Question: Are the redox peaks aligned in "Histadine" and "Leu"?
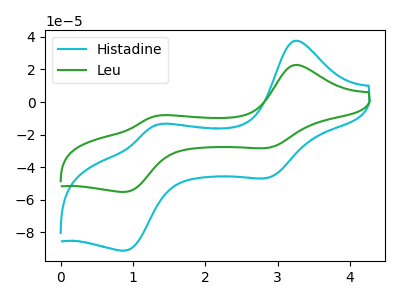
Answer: <think>The cyan curve "Histadine" has anodic peaks at (3.25V, 37.45uA) (1.30V, -14.25uA) and cathodic peaks at (2.85V, -46.60uA) (0.90V, -91.10uA). The green curve "Leu" has anodic peaks at (3.25V, 22.65uA) (1.30V, -8.60uA) and cathodic peaks at (2.85V, -28.15uA) (0.90V, -55.10uA).</think>
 <answer>Yes, "Histadine" have a peak in "Leu" at the same potential.</answer>
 <eval>match</eval>